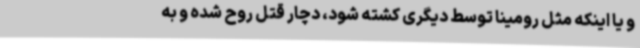
و یا اینکه مثل رومینا توسط دیگری کشته شود، دچار قتل روح شده و به